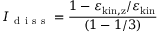
I _ { \mathrm { ~ d ~ i ~ s ~ s ~ } } = \frac { 1 - \varepsilon _ { \mathrm { k i n , z } } / \varepsilon _ { \mathrm { k i n } } } { ( 1 - 1 / 3 ) }